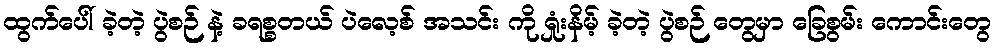
ထွက်ပေါ် ခဲ့တဲ့ ပွဲစဉ် နဲ့ ခရစ္စတယ် ပဲလေ့စ် အသင်း ကို ရှုံးနိမ့် ခဲ့တဲ့ ပွဲစဉ် တွေမှာ ခြေစွမ်း ကောင်းတွေ